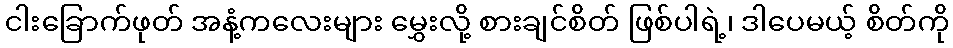
ငါးခြောက်ဖုတ် အနံ့ကလေးများ မွှေးလို့ စားချင်စိတ် ဖြစ်ပါရဲ့၊ ဒါပေမယ့် စိတ်ကို